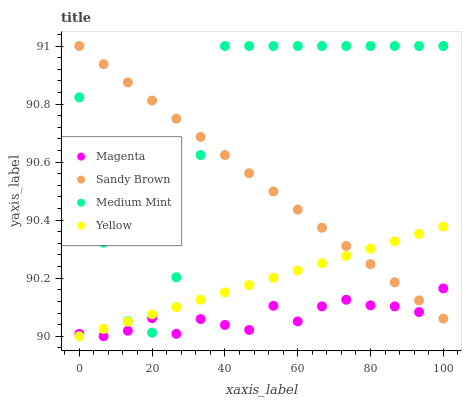
| xaxis_label | Magenta | Sandy Brown | Medium Mint | Yellow |
 | --- | --- | --- | --- | --- |
 | 0 | 90 | 91 | 90.8 | 90 |
 | 6.67 | 90 | 90.9 | 90.3 | 90 |
 | 13.3 | 90 | 90.9 | 90.1 | 90.1 |
 | 20 | 90.1 | 90.8 | 90 | 90.1 |
 | 26.7 | 90 | 90.7 | 90.2 | 90.1 |
 | 33.3 | 90.1 | 90.7 | 90.6 | 90.1 |
 | 40 | 90 | 90.6 | 91 | 90.2 |
 | 46.7 | 90 | 90.6 | 91 | 90.2 |
 | 53.3 | 90.1 | 90.5 | 91 | 90.2 |
 | 60 | 90.1 | 90.4 | 91 | 90.2 |
 | 66.7 | 90.1 | 90.4 | 91 | 90.3 |
 | 73.3 | 90.1 | 90.3 | 91 | 90.3 |
 | 80 | 90.1 | 90.2 | 91 | 90.3 |
 | 86.7 | 90.1 | 90.2 | 91 | 90.3 |
 | 93.3 | 90.1 | 90.1 | 91 | 90.4 |
 | 100 | 90.2 | 90.1 | 91 | 90.4 |